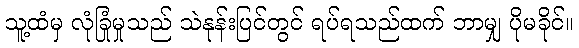
သူ့ထံမှ လုံခြုံမှုသည် သဲနုန်းပြင်တွင် ရပ်ရသည်ထက် ဘာမျှ ပိုမခိုင်။